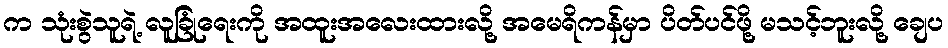
က သုံးစွဲသူရဲ့ လူခြုံရေးကို အထူးအလေးထားလို့ အမေရိကန်မှာ ပိတ်ပင်ဖို့ မသင့်ဘူးလို့ ချေပ